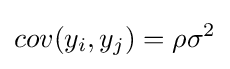
cov(y_{i},y_{j})=\rho \sigma ^{2}